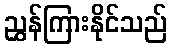
ညွှန်ကြားနိုင်သည်